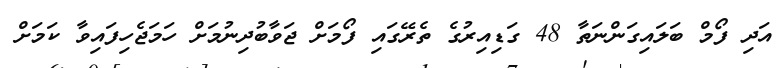
އަދި ފޯމް ބަލައިގަންނަތާ 48 ގަޑިއިރުގެ ތެރޭގައި ފޯމަށް ޖަވާބުދިނުމަށް ހަމަޖެހިފައިވާ ކަމަށް